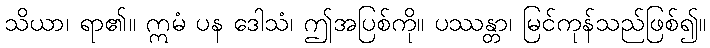
သိယာ၊ ရာ၏။ ဣမံ ပန ဒေါသံ၊ ဤအပြစ်ကို။ ပဿန္တာ၊ မြင်ကုန်သည်ဖြစ်၍။